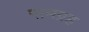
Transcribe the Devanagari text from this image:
समग्रह